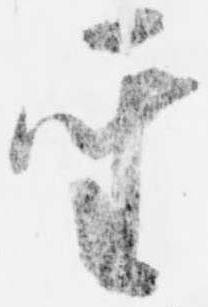
聖